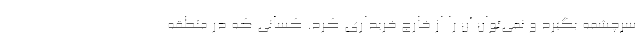
سرچشمه بگیرد و نمی‌توان آن را از خارج خریداری کرد. کسانی که در منطقه